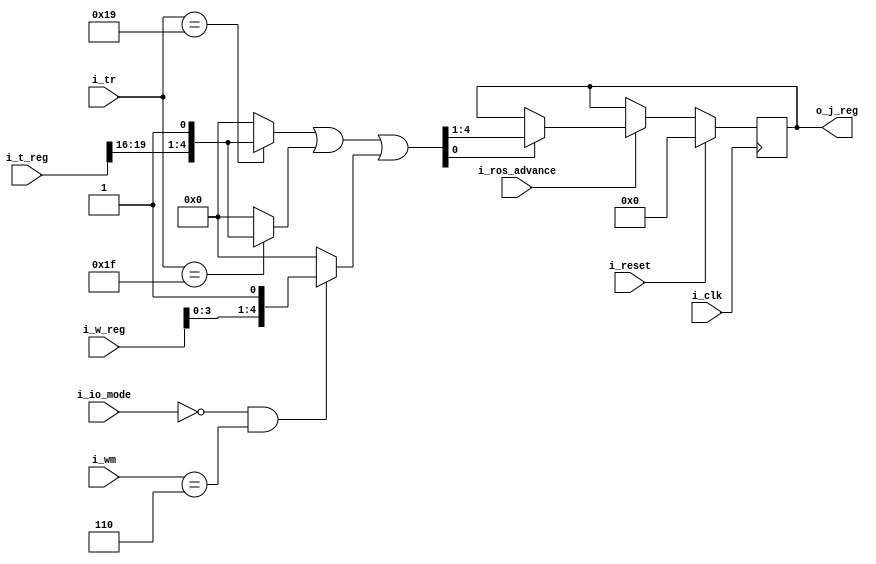
`default_nettype   none

// 2050 j register

module x2050jreg (i_clk, i_reset,
	i_ros_advance,
	i_io_mode,
	i_tr,
	i_wm,
	i_t_reg,
	i_w_reg,
	o_j_reg);

	input wire i_clk;
	input wire i_reset;
	input wire i_ros_advance;
	input wire i_io_mode;

	input wire [4:0] i_tr;
	input wire [3:0] i_wm;
	input wire [31:0] i_t_reg;
	input wire [7:0] i_w_reg;
	output reg [3:0] o_j_reg;

	wire [4:0] next_jreg =
		((i_tr == 5'd25) ? {i_t_reg[31-12:31-15],1'b1} : 0)
		| ((i_tr == 5'd31) ? {i_t_reg[31-12:31-15],1'b1} : 0)
		| ((~i_io_mode & (i_wm == 4'd6)) ? {i_w_reg[7-4:7-7],1'b1}: 0)
		;

// j register: rj001

// XXX only on ros exec
always @(posedge i_clk)
	if (i_reset)
		o_j_reg <= 0;
	else if (!i_ros_advance)
		;
	else if (next_jreg[0]) o_j_reg <= next_jreg[4:1];
endmodule